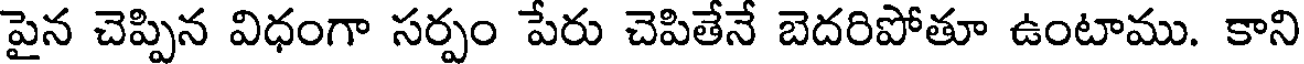
పైన చెప్పిన విధంగా సర్పం పేరు చెపితేనే బెదరిపోతూ ఉంటాము. కాని